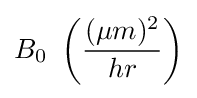
B_{0}\ \left({\frac {(\mu m)^{2}}{hr}}\right)